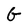
Character: G